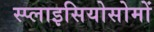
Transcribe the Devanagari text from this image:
स्प्लाइसियोसोमों